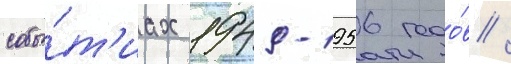
собы́т'иах 1949-1956 годо́в /